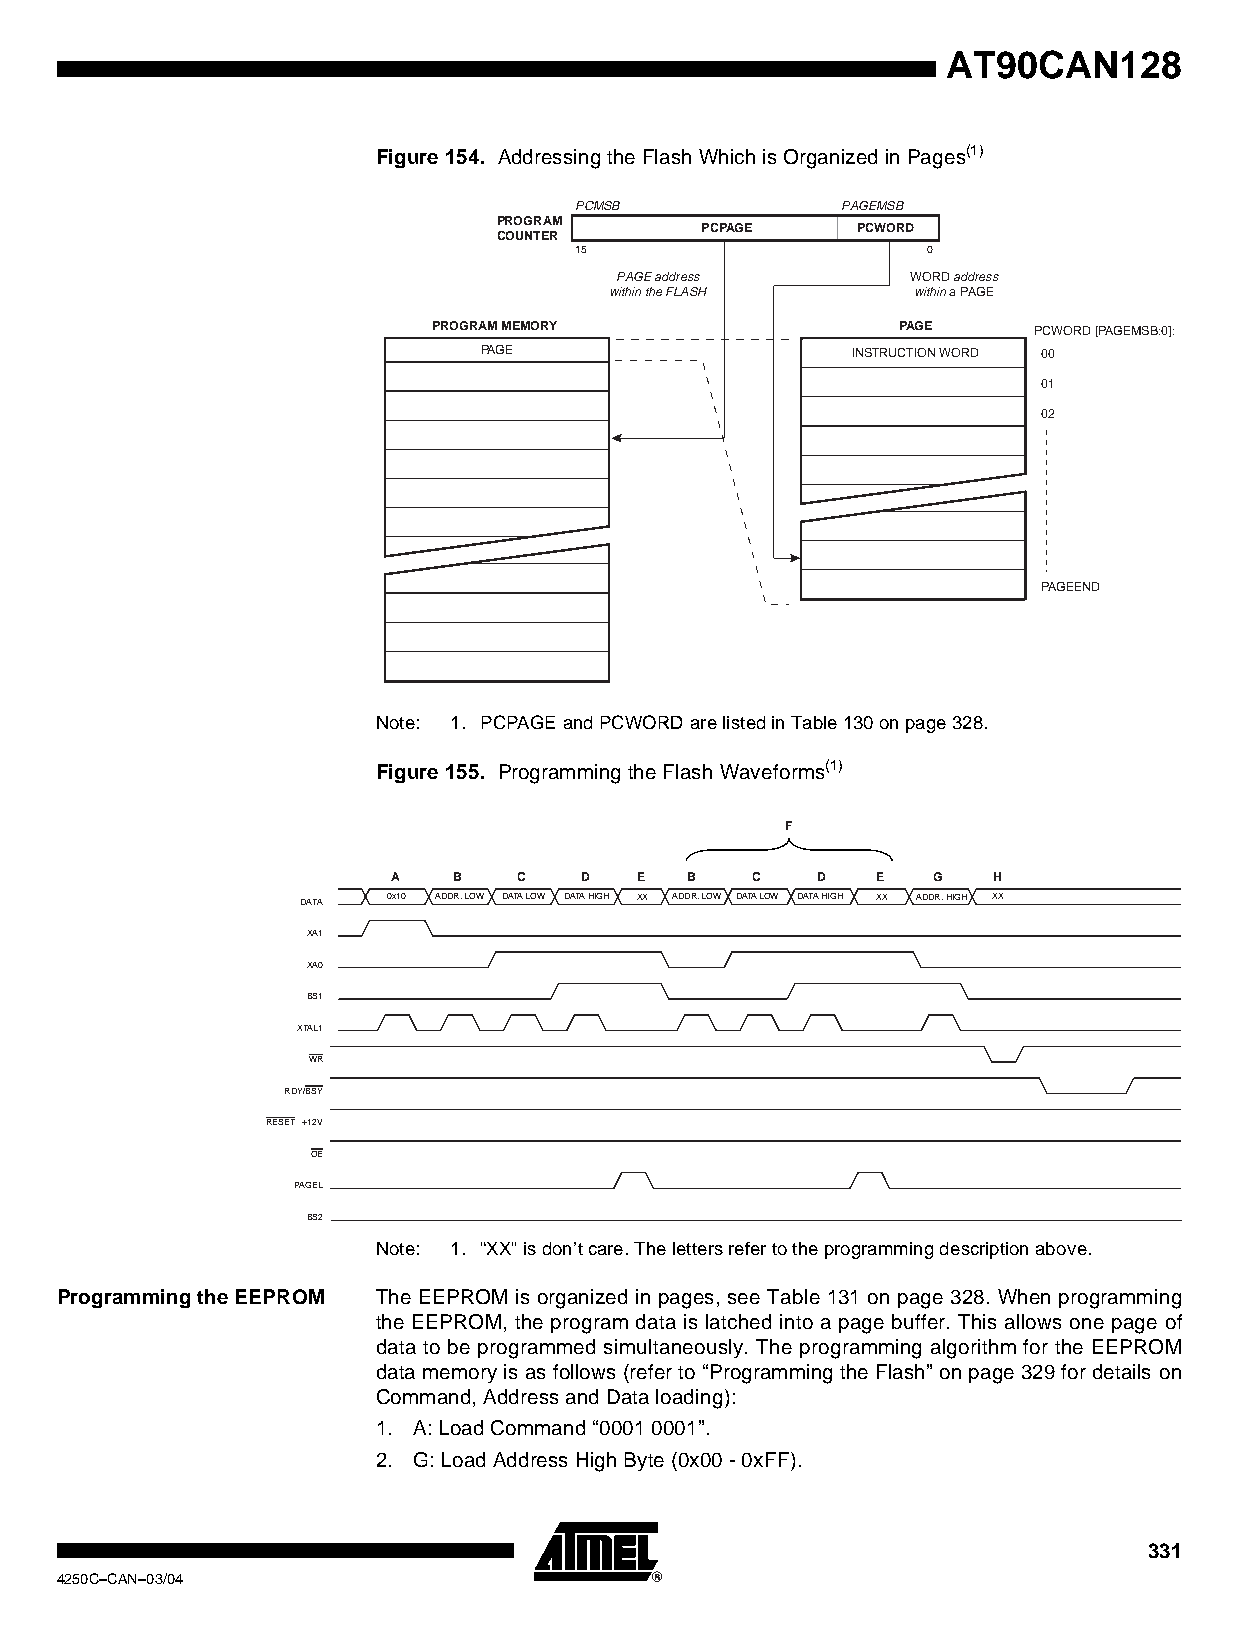
AT90CAN128
 Figure 154. Addressing the Flash Which is Organized in Pages(1)
 PCMSB             PAGEMSB
 PROGRAM
 PCPAGE     PCWORD
 COUNTER
 15                     0
 PAGE address       WORD address
 within the FLASH    within a PAGE
 PROGRAM MEMORY                PAGE     PCWORD [PAGEMSB:0]:
 PAGE                    INSTRUCTION WORD 00
 01
 02
 PAGEEND
 Note: 1. PCPAGE and PCWORD are listed in Table 130 on page 328.
 Figure 155. Programming the Flash Waveforms(1)
 F
 A   B   C   D   E   B   C   D   E   G   H
 DATA  0x10 ADDR. LOW DATA LOW DATA HIGH XX ADDR. LOW DATA LOW DATA HIGH XX ADDR. HIGH XX
 XA1
 XA0
 BS1
 XTAL1
 WR
 RDY/BSY
 RESET +12V
 OE
 PAGEL
 BS2
 Note: 1. “XX” is don’t care. The letters refer to the programming description above.
 Programming the EEPROM The EEPROM is organized in pages, see Table 131 on page 328. When programming
 the EEPROM, the program data is latched into a page buffer. This allows one page of
 data to be programmed simultaneously. The programming algorithm for the EEPROM
 data memory is as follows (refer to “Programming the Flash” on page 329 for details on
 Command, Address and Data loading):
 1. A: Load Command “0001 0001”.
 2. G: Load Address High Byte (0x00 - 0xFF).
 331
 4250C–CAN–03/04